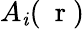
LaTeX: A_{\mathit{i}}(\mathrm{{~\mathbf{~}r~}})